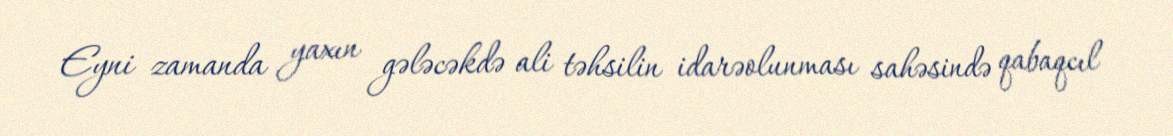
Eyni zamanda yaxın gələcəkdə ali təhsilin idarəolunması sahəsində qabaqcıl